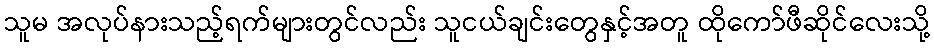
သူမ အလုပ်နားသည့်ရက်များတွင်လည်း သူငယ်ချင်းတွေနှင့်အတူ ထိုကော်ဖီဆိုင်လေးသို့